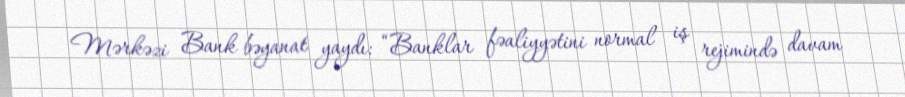
Mərkəzi Bank bəyanat yaydı: “Banklar fəaliyyətini normal iş rejimində davam